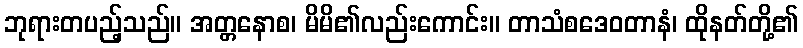
ဘုရားတပည့်သည်။ အတ္တနောစ၊ မိမိ၏လည်းကောင်း။ တာသံစဒေဝတာနံ၊ ထိုနတ်တို့၏